Annual statistical returns and brief notes on vaccination in Bengal - 1887-1898
Year: 1887
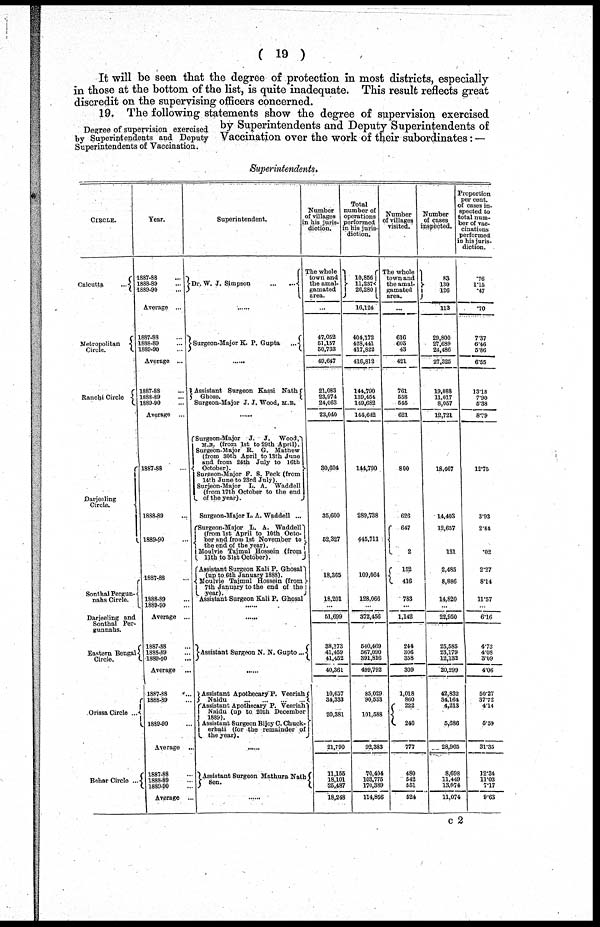
( 19 )
It will be seen that the degree of protection in most districts, especially
in those at the bottom of the list, is quite inadequate. This result reflects great
discredit on the supervising officers concerned.
Degree of supervision exercised
by Superintendents and Deputy
Superintendents of Vaccination.
19. The following statements show the degree of supervision exercised
by Superintendents and Deputy Superintendents of
Vaccination over the work of their subordinates: —
Superintendents.
CIRCLE.
Calcutta
...
Metropolitan
Circle.
Ranchi Circle
Darjeeling
Circle.
SonthalPergun¬
nabs Circle.
Darjeeling and
Sonthal Per-
gunnahs.
Eastern Bengali
Circle.
Orissa Circle ...
Behar Circle ...
Year.
1887-88 ...
1888-89 ...
1889-90 ...
Average ...
1887-88 ...
1888-89 ...
1889-90 ...
Average ...
1887-88 ...
1888-89 ...
1889-90 ...
Average ...
1887-83
1888-49...
1889-90
1887-88
1888-89 ...
1889-90 ...
Average ...
1887-88 ...
1888-89 ...
1889-90 ...
Average ...
1888-89 ...
1889-40
Average ...
1887-88
1888-89
188940
Average ...
Superintendent.
Dr. W. J. Simpson
...
...
......
Surgeon-Major K. P. Gupta
...
Assistant Surgeon Kassi Nath
Ghose.
Surgeon-Major J. J. Wood, M.B.
......
Surgeon-Major J. J. Wood,
M.B. (from 1st to 29th April).
Surgeon-Major R. G. Mathew
(from 30th April to 13th June
and from 24th July to 16th
October).
Surgeon-Major F. S. Peck (from
14th June to 23rd July).
Surjeon-Major L. A. Waddell
(from 17th October to the end
of the year).
Surgeon-Major L. A. Waddell ...
Surgeon-Major L. A. Waddell
(from 1st April to 10th Octo-
ber and from 1st November to
the end of the year).
Moulvie Tajmul Hossein (from
11th to 31st October).
Assistant Surgeon Kali P. Ghosal
(up to 6th January 1888).
Moulvie Tajmul Hossein (from
7th January to the end of the
year).
Assistant Surgeon Kali P. Ghosal
......
......
Assistant Surgeon N. N. Gupto ...
......
Assistant Apothecary P. Veeriah
Naidu
...
...
...
Assistant Apothecary P. Veeriah
Naidu (up to 20th December
1889).
Assistant Surgeon Bijoy C. Chuck-
erbati (for the remainder of
the year).
......
Assistant Surgeon Mathura Nath
Sen.
Number
of villages
in his juris-
diction.
The whole
town and
the amal-
gamated
area.
...
47,052
51,157
50,733
49,647
21,083
23,974
24,063
23,040
30,604
35,600
52,327
18,365
18,201
...
51,699
38,173
41,459
41,452
40,361
10,657
34,333
20,381
21,790
11,155
18,101 25,487
18,248
Total
number of
operations
performed
in his juris-
diction.
10,856
11,237
26,280
16,124
404,172
428,441
417,822
416,812
144,790
139,454
149,682
144,642
144,790
289,738
445,711
109,064
128,066
...
372,456
640,469
567,090
391,816
499,792
85,029
90,533
101,588
92,383
70,404
103,775
170,389
114,856
Number
of villages
visited.
The whole
town and
the amal-
gamated
area.
...
616
605
43
421
761
558
545
621
800
626
647
2
152
416
783
...
1,142
244
306
358
309
1,018
860
222
240
777
480
542
551
524
Number
of cases
inspected.
83
130
126
113
29,800
27,689
24,486
27,325
19,088
11,017
8,057
12,721
18,467
14,403
12,657
131
2,485
8,886
14,820
...
22,950
25,585
23,179
12,132
20,299
42,832
34,164
4,213
5,686
28,965
8,698 11,449 13,074
11,074
Proportion
per cent.
of cases in-
spected to
total num-
ber of vac-
cinations
performed
in his juris-
diction.
.76
1.15
.47
.70
7.37
6.46
5.86
6.55
13.18
7.90
5.38
8.79
12.75
3.93
2.84
.02
2.27
8.14
11.57
...
6.16
4.73
4.08
3.09
4.06
50.27
37.72
4.14
5.59
31.35
12.34
11.03
7.17
9.63
c 2